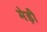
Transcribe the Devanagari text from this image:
मेड़ी